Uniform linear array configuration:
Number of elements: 24
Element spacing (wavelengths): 0.25
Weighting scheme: hamming
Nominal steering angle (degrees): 15
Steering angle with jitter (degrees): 16.747
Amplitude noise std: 0.05
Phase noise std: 0.05

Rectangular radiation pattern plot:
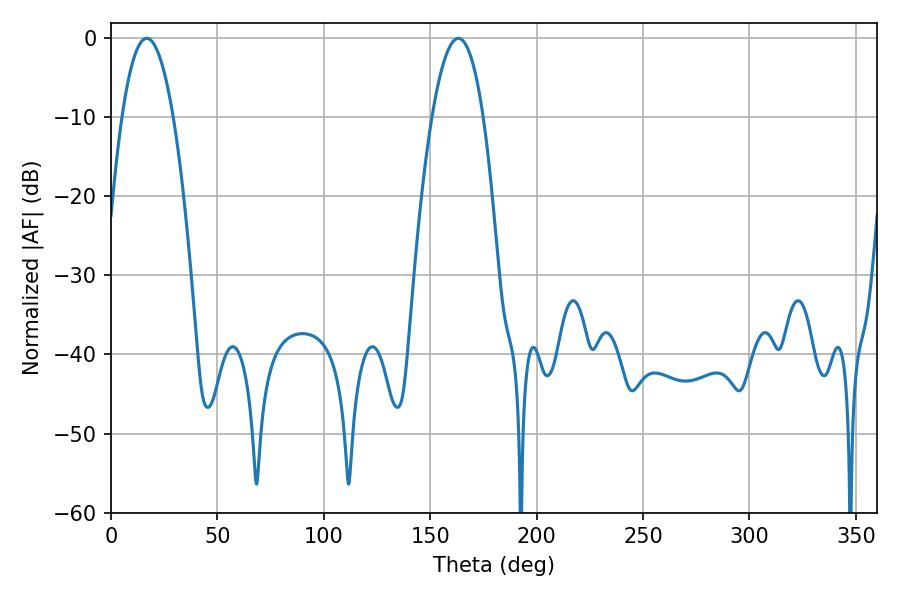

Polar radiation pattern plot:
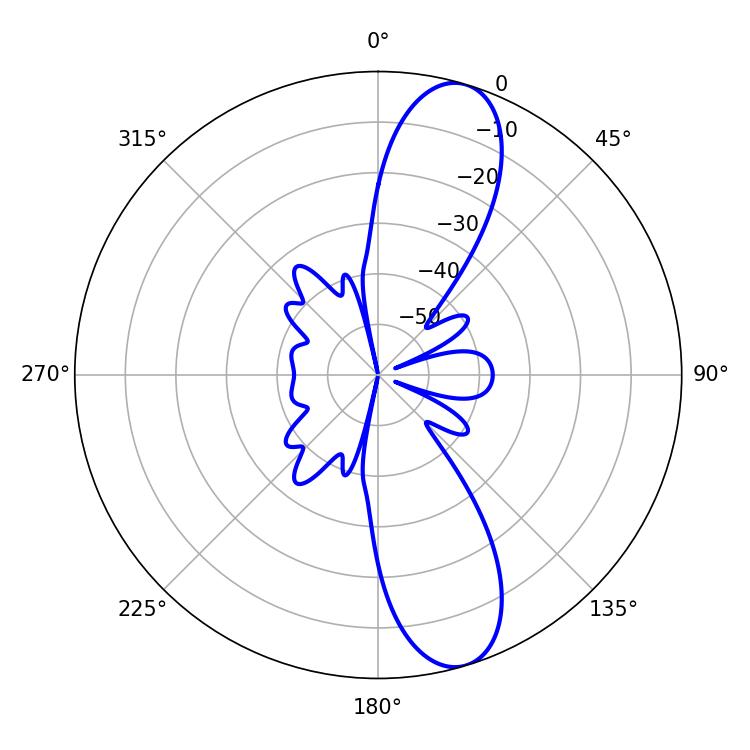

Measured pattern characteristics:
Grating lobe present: FALSE
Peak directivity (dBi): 11.41
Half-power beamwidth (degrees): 13.32
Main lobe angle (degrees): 16.74